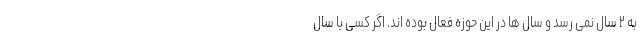
به ۲ سال نمی رسد و سال ها در این حوزه فعال بوده اند. اگر کسی با سال